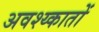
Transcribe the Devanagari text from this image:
अवश्य्कातों